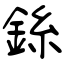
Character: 銯